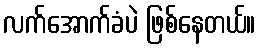
လက်အောက်ခံပဲ ဖြစ်နေတယ်။